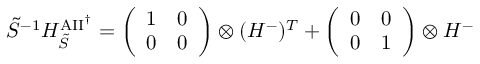
\begin{array} { r } { \tilde { S } ^ { - 1 } H _ { \mathrm { } \tilde { S } } ^ { \mathrm { A I I } ^ { \dag } } = \left( \begin{array} { l l } { 1 } & { 0 } \\ { 0 } & { 0 } \end{array} \right) \otimes ( H ^ { - } ) ^ { T } + \left( \begin{array} { l l } { 0 } & { 0 } \\ { 0 } & { 1 } \end{array} \right) \otimes H ^ { - } } \end{array}